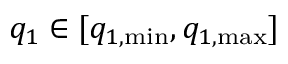
q _ { 1 } \in [ q _ { 1 , \mathrm { m i n } } , q _ { 1 , \mathrm { m a x } } ]